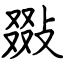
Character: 敠